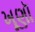
ખૂણૉ